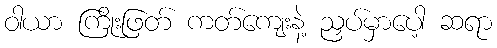
ဝါယာ ကြိုးဖြတ် ကတ်ကျေးနဲ့ ညှပ်မှာပေါ့ ဆရာ